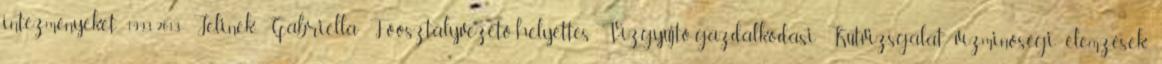
intézményeket 1993-2013 Jelinek Gabriella Főosztályvezető-helyettes Vízgyűjtő-gazdálkodási Kútvizsgálat vízminőségi elemzések